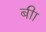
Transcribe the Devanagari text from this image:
बीा